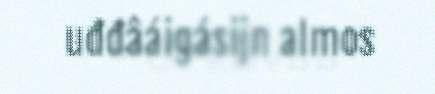
uđđâáigásijn almos